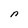
Character: n